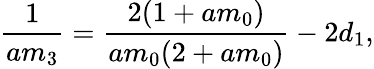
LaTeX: \frac{1}{am_{3}}=\frac{2(1+am_{0})}{am_{0}(2+am_{0})}-2d_{1},